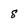
Character: 8